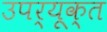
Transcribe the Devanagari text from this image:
उपर्यूक्त